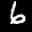
Label: 6